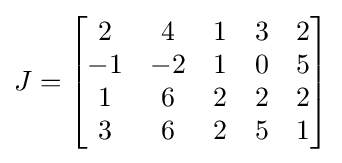
J={\begin{bmatrix}2&4&1&3&2\\-1&-2&1&0&5\\1&6&2&2&2\\3&6&2&5&1\end{bmatrix}}